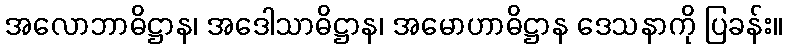
အလောဘာဓိဋ္ဌာန၊ အဒေါသာဓိဋ္ဌာန၊ အမောဟာဓိဋ္ဌာန ဒေသနာကို ပြခန်း။